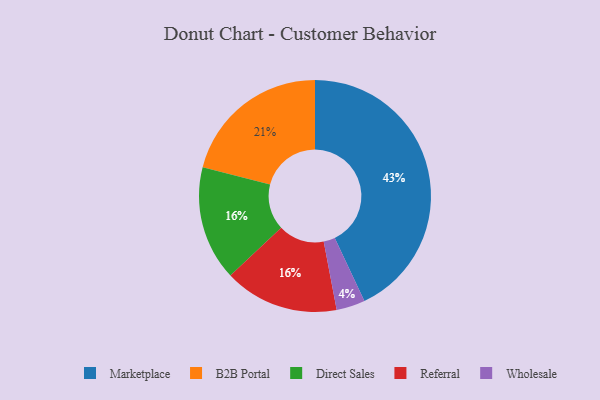
{"axis": {"x": "Category", "y": "Percentage"}, "legend": ["B2B Portal", "Direct Sales", "Marketplace", "Referral", "Wholesale"], "data": [{"x": "Direct Sales", "y": 16, "type": "Direct Sales"}, {"x": "Referral", "y": 16, "type": "Referral"}, {"x": "Marketplace", "y": 43, "type": "Marketplace"}, {"x": "Wholesale", "y": 4, "type": "Wholesale"}, {"x": "B2B Portal", "y": 21, "type": "B2B Portal"}]}